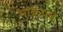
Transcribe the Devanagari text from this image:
भाकपचे